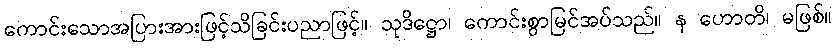
ကောင်းသောအပြားအားဖြင့်သိခြင်းပညာဖြင့်။ သုဒိဋ္ဌော၊ ကောင်းစွာမြင်အပ်သည်။ န ဟောတိ၊ မဖြစ်။